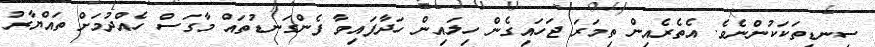
ސިނޑިތަކަކުންނެވެ. އެތެރެއިން ތިމަރަ ޖަހައިގެން ހިލައިން ހަދާފައިވާ ފެންގަނޑުތައް މާގަސް ހެއްދުމަށް ތައްޔާރު